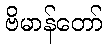
ဗိမာန်တော်